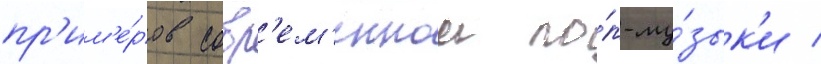
пр'им'е́ров совр'ем'еннои по́п-му́зык'и /